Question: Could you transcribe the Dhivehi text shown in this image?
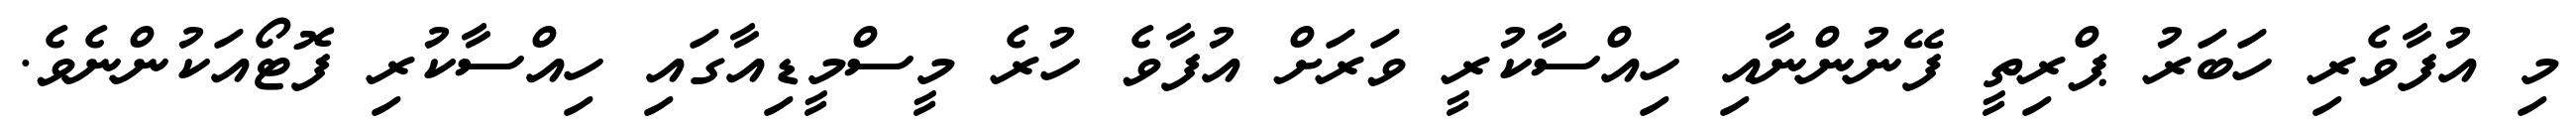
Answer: މި އުފާވެރި ހަބަރު ޕްރިތީ ފޭނުންނާއި ހިއްސާކުރީ ވަރަށް އުފާވެ ހުރެ މީސްމީޑިއާގައި ހިއްސާކުރި ފޮޓޯއަކުންނެވެ.